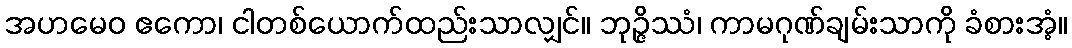
အဟမေဝ ဧကော၊ ငါတစ်ယောက်ထည်းသာလျှင်။ ဘုဉ္ဇိဿံ၊ ကာမဂုဏ်ချမ်းသာကို ခံစားအံ့။